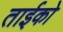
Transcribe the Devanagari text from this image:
ताईको